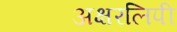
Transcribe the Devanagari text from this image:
अक्षरलिपी